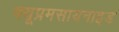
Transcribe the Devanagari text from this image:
क्यूप्रमसायनाइड